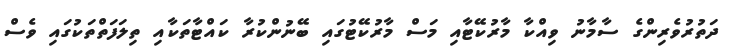
ދަތުރުވެރިންގެ ސާމާނު ވިއްކާ މާރުކޭޓާއި މަސް މާރުކޭޓުގައި ބޭނުންކުރާ ކައްޓާތަކާއި ތިލަފަތްތަކުގައި ވެސް